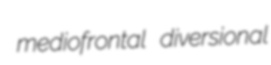
mediofrontal diversional